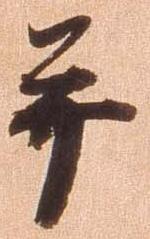
并